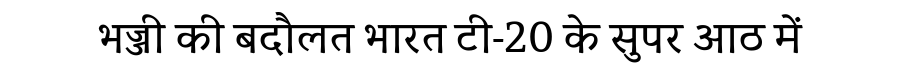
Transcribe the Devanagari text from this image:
भज्जी की बदौलत भारत टी-20 के सुपर आठ में